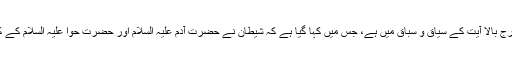
اس کا پس منظر اسی درج بالا آیت کے سیاق و سباق میں ہے، جس میں کہا گیا ہے کہ شیطان نے حضرت آدم علیہ السلام اور حضرت حوا علیہ السلام کے کپڑے اتروا دئیے تھے۔